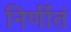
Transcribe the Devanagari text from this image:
निर्णीतं